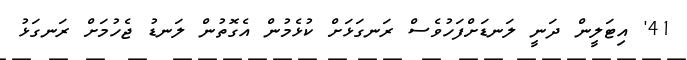
41' އިޓަލީން ދަނީ ލަނޑަށްފަހުވެސް ރަނގަޅަށް ކުޅެމުން އެގޮތުން ލަނޑު ޖެހުމަށް ރަނގަޅު